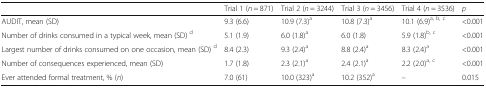
|  | Trial 1 (n = 871) | Trial 2 (n = 3244) | Trial 3 (n = 3456) | Trial 4 (n = 3536) | p |
 | --- | --- | --- | --- | --- | --- |
 | AUDIT, mean (SD) | 9.3 (6.6) | 10.9 (7.3)a | 10.8 (7.3)a | 10.1 (6.9)a, b, c | <0.001 |
 | Number of drinks consumed in a typical week, mean (SD) d | 5.1 (1.9) | 6.0 (1.8)a | 6.0 (1.8) | 5.9 (1.8)b, c | <0.001 |
 | Largest number of drinks consumed on one occasion, mean (SD) d | 8.4 (2.3) | 9.3 (2.4)a | 8.8 (2.4)a | 8.3 (2.4)a | <0.001 |
 | Number of consequences experienced, mean (SD) | 1.7 (1.8) | 2.3 (2.1)a | 2.4 (2.1)a | 2.2 (2.0)a, c | <0.001 |
 | Ever attended formal treatment, % (n) | 7.0 (61) | 10.0 (323)a | 10.2 (352)a | – | 0.015 |